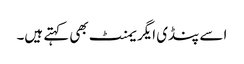
اسے پنڈی ایگریمنٹ بھی کہتے ہیں۔